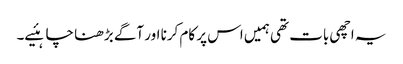
یہ اچھی بات تھی ہمیں اس پر کام کرنا اور آگے بڑھنا چاہئیے۔